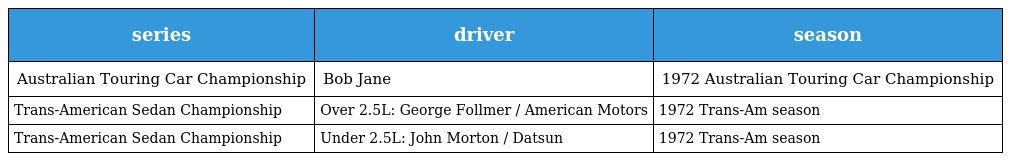
| series | driver | season |
 | --- | --- | --- |
 | Australian Touring Car Championship | Bob Jane | 1972 Australian Touring Car Championship |
 | Trans-American Sedan Championship | Over 2.5L: George Follmer / American Motors | 1972 Trans-Am season |
 | Trans-American Sedan Championship | Under 2.5L: John Morton / Datsun | 1972 Trans-Am season |